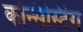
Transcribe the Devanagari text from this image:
कन्सिस्टिंग